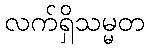
လက်ရှိသမ္မတ